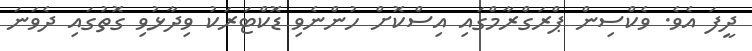
ދީފަ އެވެ. ވެކްސިން ޕްރަގްރާމްގައި އިސްކޮށް ހުންނެވި ޑޮކްޓަރަކު ވިދާޅުވި ގޮތުގައި ދެވަނަ